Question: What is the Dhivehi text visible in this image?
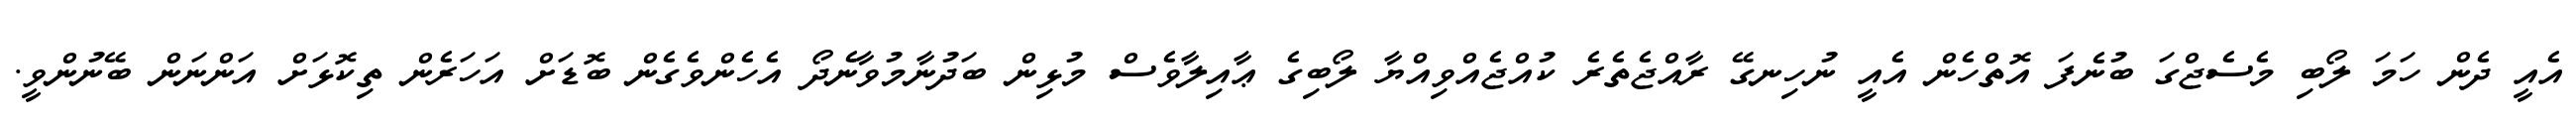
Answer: އެއީ ދެން ހަމަ ލޯބި މެސެޖްގަ ބުނެފަ އޮތްހެން އެއީ ނުހިނގޭ ރާއްޖެތެރެ ކުއްޖެއްވިއްޔާ ލޯބިގެ ޢާއިލާވެސް މުޅިން ބަދުނާމުވާނެދޯ އެހެންވެގެން ބޮޑަށް އަހަރެން ތިކޮޅަށް އަންނަން ބޭނުންވީ.